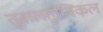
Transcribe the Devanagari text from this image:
तूवालतुम्बिकल